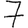
Digit: 7